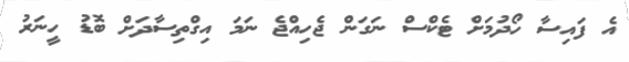
އެ ފައިސާ ހޯދުމަށް ޓެކްސް ނަގަން ޖެހިއްޖެ ނަމަ އިގްތިސާދަށް ބޮޑު ހީނަރު